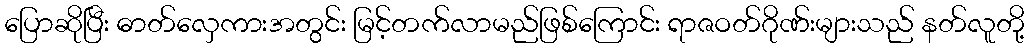
ပြောဆိုပြီး ဓာတ်လှေကားအတွင်း မြင့်တက်လာမည်ဖြစ်ကြောင်း ရာဇဝတ်ဂိုဏ်းများသည် နတ်လူတို့